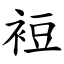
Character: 裋